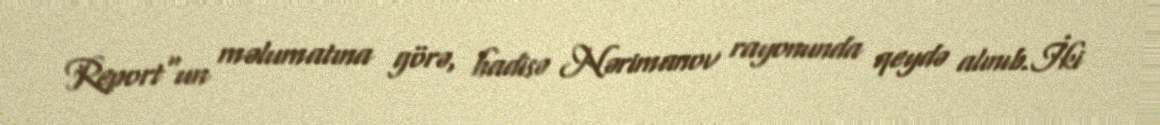
Report"un məlumatına görə, hadisə Nərimanov rayonunda qeydə alınıb.İki